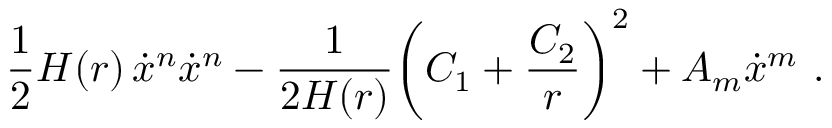
\frac { 1 } { 2 } H ( r ) \, \dot { x } ^ { n } \dot { x } ^ { n } - \frac { 1 } { 2 H ( r ) } \biggl ( C _ { 1 } + \frac { C _ { 2 } } { r } \biggr ) ^ { 2 } + { \cal A } _ { m } \dot { x } ^ { m } \ .